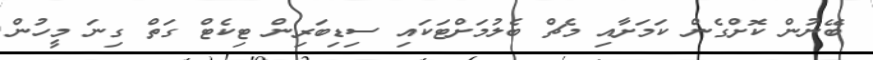
ބޭނުން ކޮށްގެން ކަމަށާއި މެޗް ބެލުމަށްޓަކައި ސިޑިބަރިން ޓިކެޓް ގަތް ގިނަ މީހުން